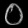
Digit: ၀